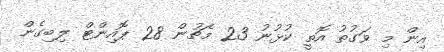
އިން މި ވަގުތު އޮތީ ކުޅުނު 23 މެޗުން 28 ޕޮއިންޓް ލިބިގެން